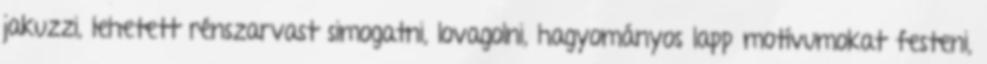
jakuzzi, lehetett rénszarvast simogatni, lovagolni, hagyományos lapp motívumokat festeni,